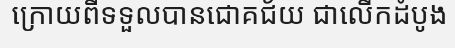
ក្រោយពីទទួលបានជោគជ័យ ជាលើកដំបូង